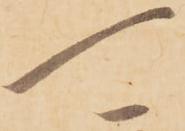
可